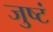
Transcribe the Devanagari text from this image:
जुष्टं